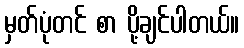
မှတ်ပုံတင် စာ ပို့ချင်ပါတယ်။